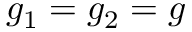
g _ { 1 } = g _ { 2 } = g